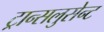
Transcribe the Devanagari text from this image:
ट्रान्सलुसेन्ट